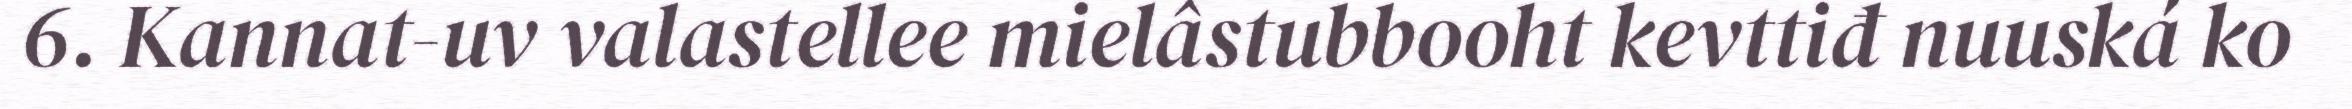
6. Kannat-uv valastellee mielâstubbooht kevttiđ nuuská ko